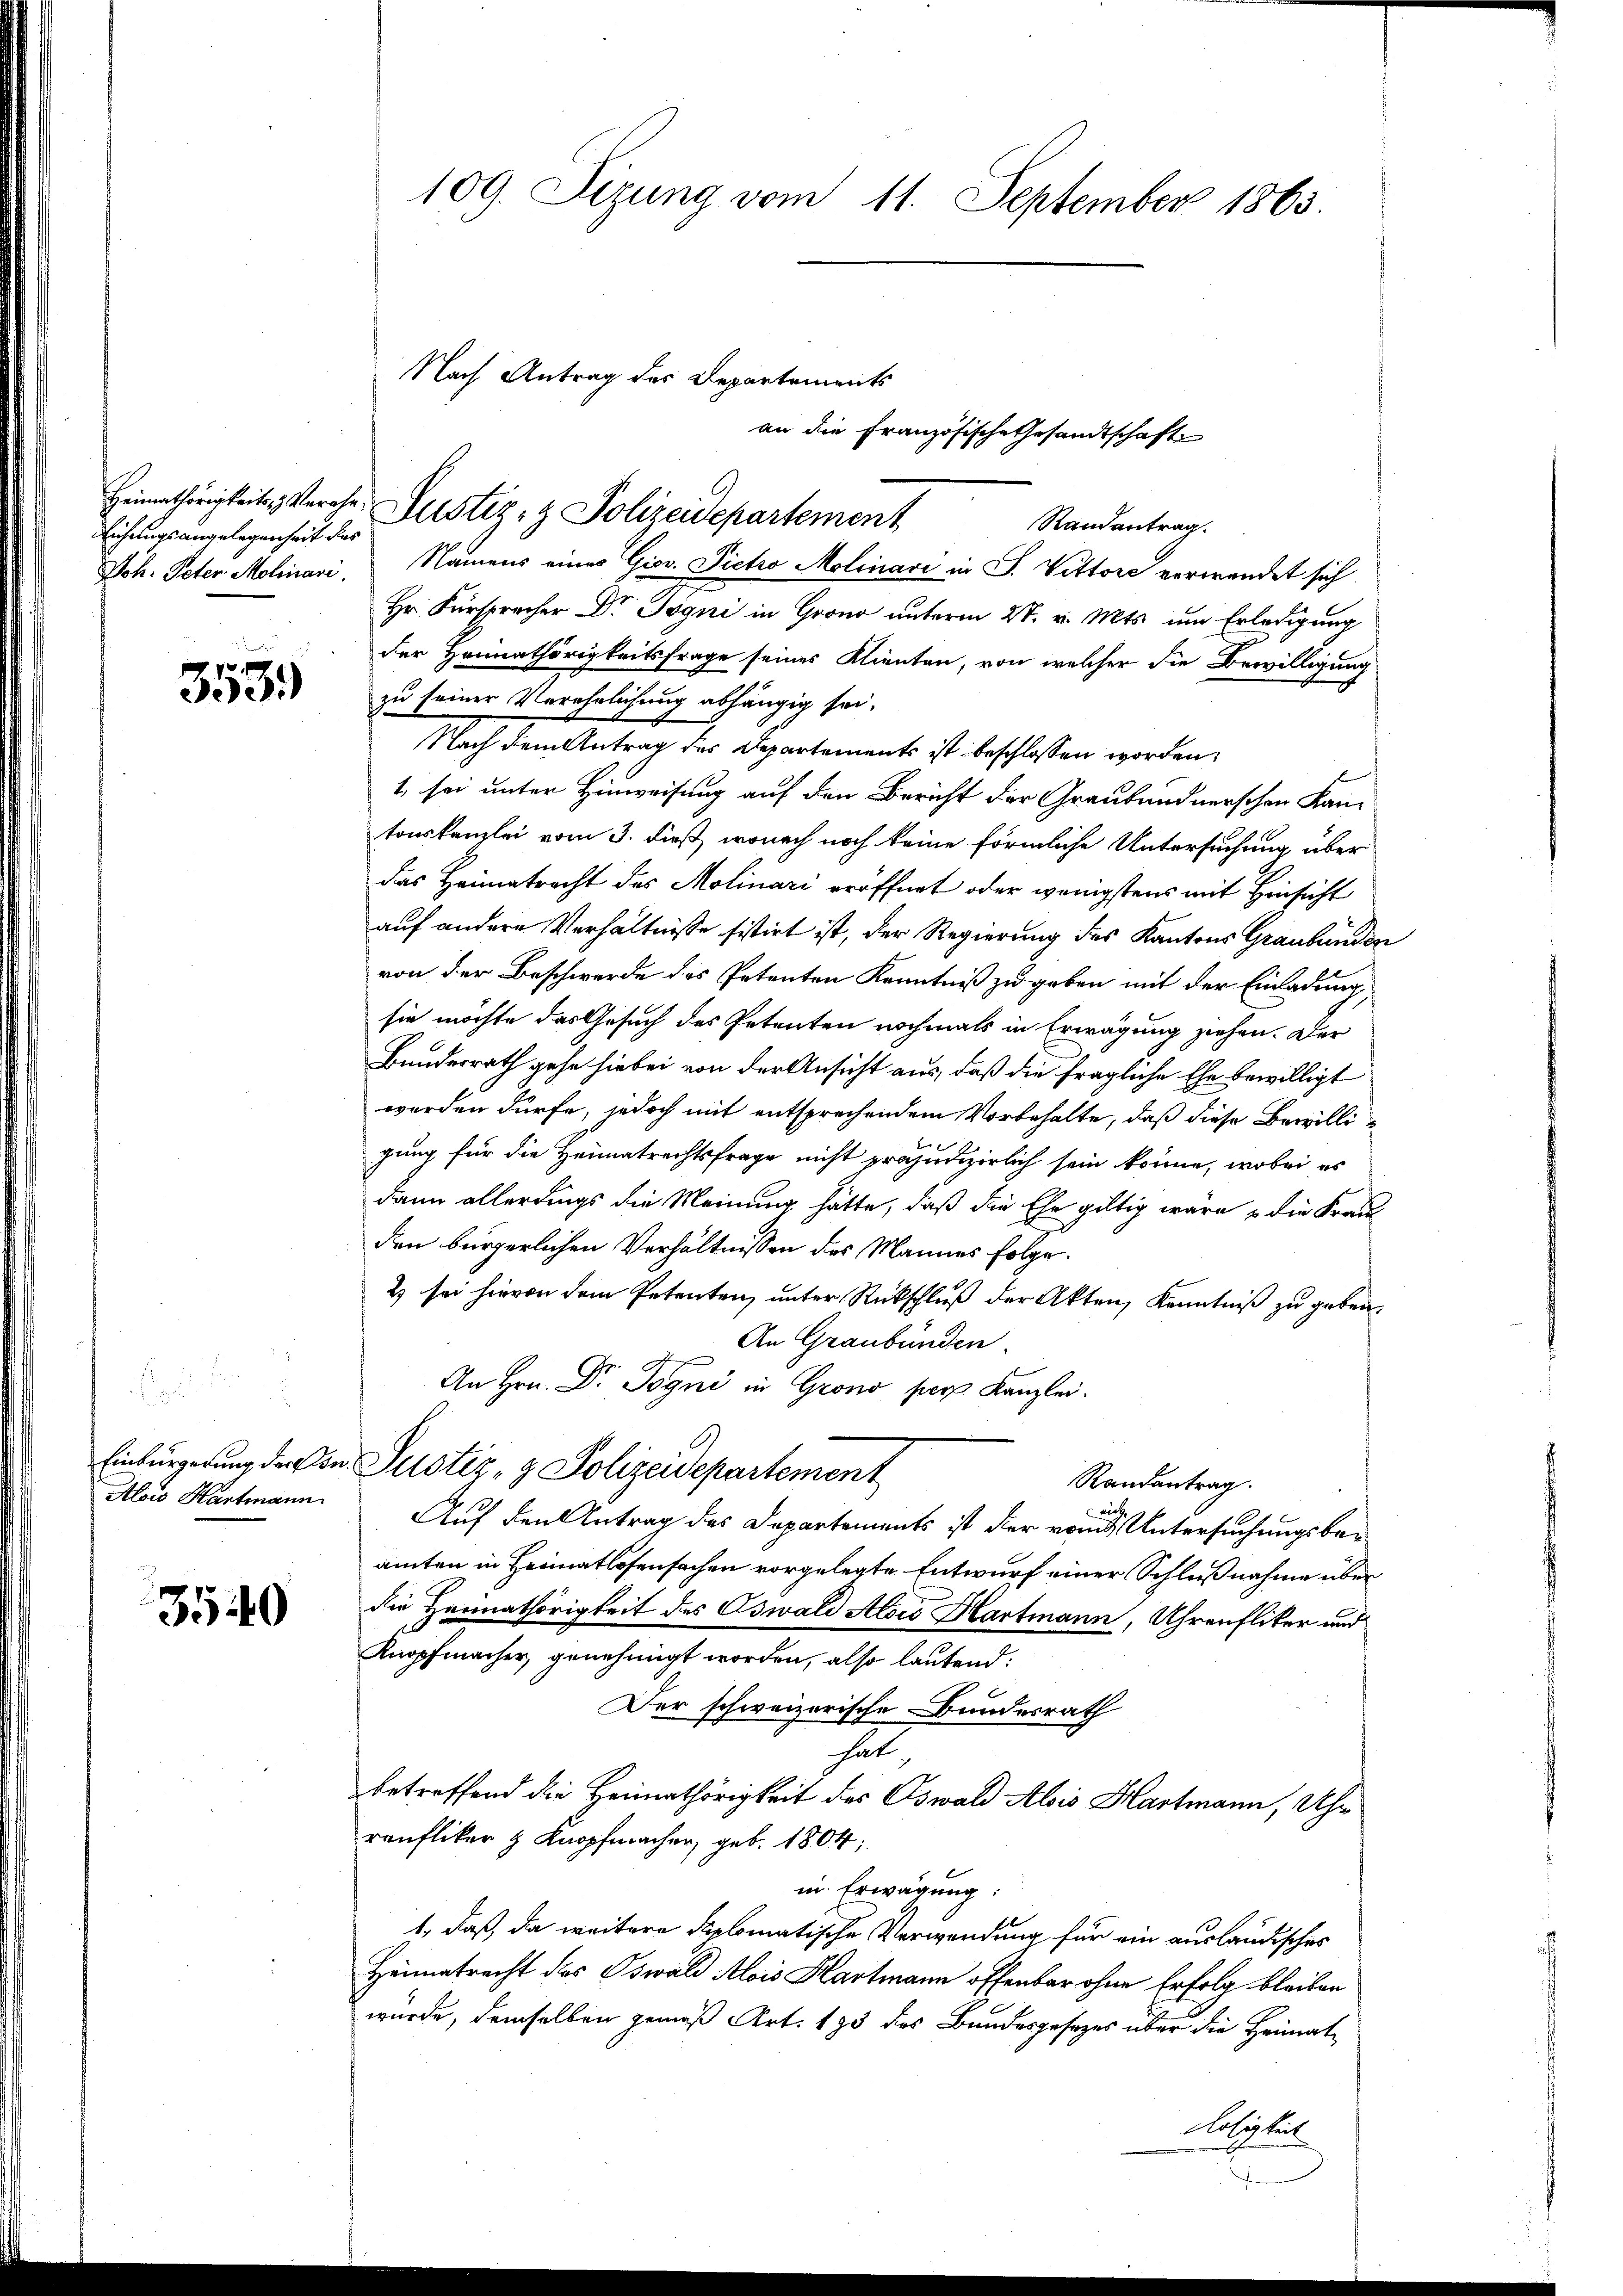
Eichungsangelegenheit des

3539)

Alois Hartmann

3540

109. Sizung vom 11. September 1863.

Nach Antrag des Departements
Heimathörigkeit Verehe. Gustiz- & Polizeidepartement
Randantrag.

Joh. Peter Molinari, Namens eines Giov. Dietro Molinari in P. Vittore verwendet sich
Hr. Fürsprecher Dr. Jogni in Gro unterm 27. v. Mts. um Erledigung
der Heimathörigkeitsfrage seines Klienten, von welcher die Bewilligung
zu seiner Verehelichung abhängig sei.
Nach dem Antrag des Departements ist beschlossen worden.
1 sei unter Hinweisung auf den Bericht der Graubündnerschen Kantonskanzlei vom 3. dieß, wonach noch keine förmliche Untersuchung über
das Heimatracht des Molinari eröffnet oder wenigstens mit Hinsicht
auf andere Verhältnisse sistirt ist, der Regierung des Kantons Graubünden
von der Beschwerde des Petenten Kenntniß zu geben mit der Einladung
sie möchte das Gesuch des Petenten nochmals in Erwägung ziehen. Der
Bundesrath gehe hiebei von der Ansicht aus, daß die fragliche Ehe bewilligt
werden dürfe, jedoch mit entsprechendem Vorbehalte, daß diese Bewilligung für die Heimatrechtsfrage nicht präjudizierlich sein könne, wobei es
dann allerdings die Meinung hätte, daß die Ehe giltig wäre die Frau
den bürgerlichen Verhältnissen des Mannes folge.
2 sei hievon dem Petenten ŭnter Rückschlŭβ der Akten, Kenntniß zu geben
An Graubünden.
An Hrn. Dr. Pogni in Grono pers Kanzlei.
Einbürgerung der von Justiz- & Polizeidepartement
Randantrag.
Auf den Antrag des Departements ist der von Untersuchungsbeamten in Heimatlosensachen vorgelegte Entwurf einer Schlußnahme über
die Heimathörigkeit des Oswald Alois Hartmann, Uhrenfliker und
Knopfmacher genehmigt worden, also lautend:
Der schweizerische Bundesrath
hat
betreffend die Heimathörigkeit des Oswald Alois Hartmann, Uhr
ranfliker H. Knopfmacher, geb. 1804;
in Erwägung:
1, daß, da weitere diplomatische Verwendung für ein ausländisches
Heimatrecht des Oswald Alois Hartmann offenbar ohne Erfolg bleiben
wurde, demselben gemäß Art. 195 des Bundesgesezes über die Heimat
Nötigkeit

an die Französische Gesandtschaft